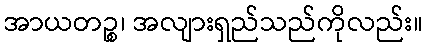
အာယတဉ္စ၊ အလျားရှည်သည်ကိုလည်း။